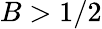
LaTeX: B>1/2